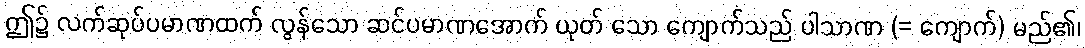
ဤ၌ လက်ဆုပ်ပမာဏထက် လွန်သော ဆင်ပမာဏအောက် ယုတ် သော ကျောက်သည် ပါသာဏ (= ကျောက်) မည်၏၊